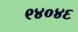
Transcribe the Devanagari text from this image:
९४०४६